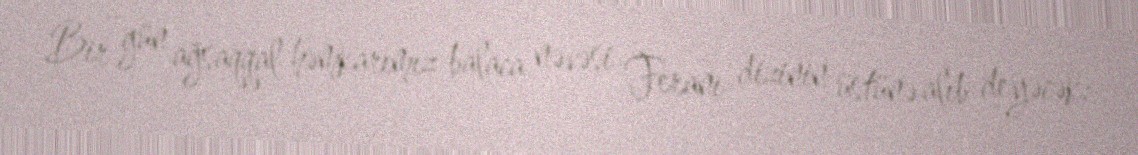
Bir gün ağsaqqal həmkarımız balaca nəvəsi Feranı dizinin üstünə alıb deyəcək: